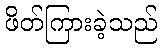
ဖိတ်ကြားခဲ့သည်